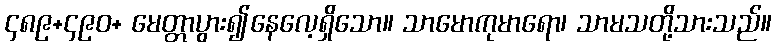
၄၈၉+၄၉၀+ မေတ္တာပွား၍နေလေ့ရှိသော။ သာမောကုမာရော၊ သာမသတို့သားသည်။